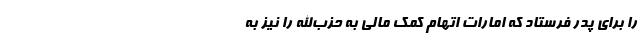
را برای پدر فرستاد که امارات اتهام کمک مالی به حزب‌الله را نیز به